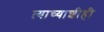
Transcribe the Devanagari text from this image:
त्याच्याशीही